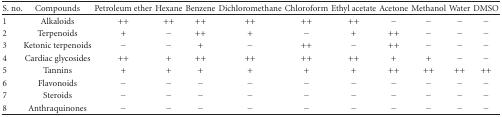
<table><thead><tr><td><b>S. no.</b></td><td><b>Compounds</b></td><td><b>Petroleum ether</b></td><td><b>Hexane</b></td><td><b>Benzene</b></td><td><b>Dichloromethane</b></td><td><b>Chloroform</b></td><td><b>Ethyl acetate</b></td><td><b>Acetone</b></td><td><b>Methanol</b></td><td><b>Water</b></td><td><b>DMSO</b></td></tr></thead><tbody><tr><td>1</td><td>Alkaloids</td><td>++</td><td>++</td><td>++</td><td>++</td><td>++</td><td>++</td><td>−</td><td>−</td><td>−</td><td>−</td></tr><tr><td>2</td><td>Terpenoids</td><td>+</td><td>−</td><td>++</td><td>+</td><td>−</td><td>+</td><td>++</td><td>−</td><td>−</td><td>−</td></tr><tr><td>3</td><td>Ketonic terpenoids</td><td>−</td><td>−</td><td>+</td><td>−</td><td>++</td><td>−</td><td>++</td><td>−</td><td>−</td><td>−</td></tr><tr><td>4</td><td>Cardiac glycosides</td><td>++</td><td>+</td><td>++</td><td>++</td><td>++</td><td>++</td><td>+</td><td>+</td><td>−</td><td>−</td></tr><tr><td>5</td><td>Tannins</td><td>+</td><td>+</td><td>+</td><td>+</td><td>+</td><td>+</td><td>++</td><td>++</td><td>++</td><td>++</td></tr><tr><td>6</td><td>Flavonoids</td><td>−</td><td>−</td><td>−</td><td>−</td><td>−</td><td>−</td><td>−</td><td>−</td><td>−</td><td>−</td></tr><tr><td>7</td><td>Steroids</td><td>−</td><td>−</td><td>−</td><td>−</td><td>−</td><td>−</td><td>−</td><td>−</td><td>−</td><td>−</td></tr><tr><td>8</td><td>Anthraquinones</td><td>−</td><td>−</td><td>−</td><td>−</td><td>−</td><td>−</td><td>−</td><td>−</td><td>−</td><td>−</td></tr></tbody></table>